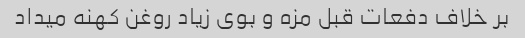
بر خلاف دفعات قبل مزه و بوی زیاد روغن کهنه میداد